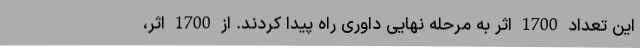
این تعداد 1700 اثر به مرحله نهایی داوری راه پیدا کردند. از 1700 اثر،